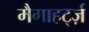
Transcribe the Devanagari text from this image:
मैगाहर्ट्ज़